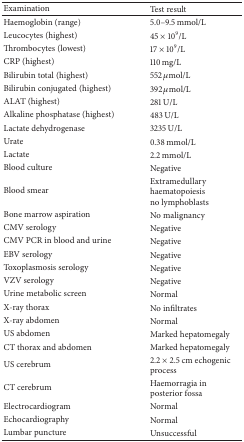
| Examination | Test result |
 | --- | --- |
 | Haemoglobin (range) | 5.0–9.5 mmol/L |
 | Leucocytes (highest) | 45 × 109/L |
 | Thrombocytes (lowest) | 17 × 109/L |
 | CRP (highest) | 110 mg/L |
 | Bilirubin total (highest) | 552 μmol/L |
 | Bilirubin conjugated (highest) | 392 μmol/L |
 | ALAT (highest) | 281 U/L |
 | Alkaline phosphatase (highest) | 483 U/L |
 | Lactate dehydrogenase | 3235 U/L |
 | Urate | 0.38 mmol/L |
 | Lactate | 2.2 mmol/L |
 | Blood culture | Negative |
 | Blood smear | Extramedullary haematopoiesis no lymphoblasts |
 | Bone marrow aspiration | No malignancy |
 | CMV serology | Negative |
 | CMV PCR in blood and urine | Negative |
 | EBV serology | Negative |
 | Toxoplasmosis serology | Negative |
 | VZV serology | Negative |
 | Urine metabolic screen | Normal |
 | X-ray thorax | No infiltrates |
 | X-ray abdomen | Normal |
 | US abdomen | Marked hepatomegaly |
 | CT thorax and abdomen | Marked hepatomegaly |
 | US cerebrum | 2.2 × 2.5 cm echogenic process |
 | CT cerebrum | Haemorragia in posterior fossa |
 | Electrocardiogram | Normal |
 | Echocardiography | Normal |
 | Lumbar puncture | Unsuccessful |